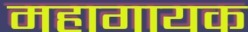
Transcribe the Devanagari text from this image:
महागायक